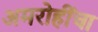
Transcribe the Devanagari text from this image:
अमरोहींचा